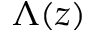
\Lambda ( z )